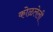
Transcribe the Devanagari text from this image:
कोळलेली